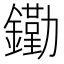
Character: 𨭯